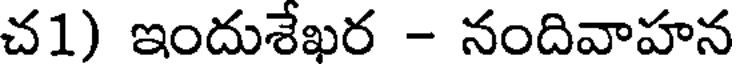
చ1) ఇందుశేఖర - నందివాహన